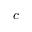
c